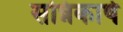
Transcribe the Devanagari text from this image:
सन्निकार्ष